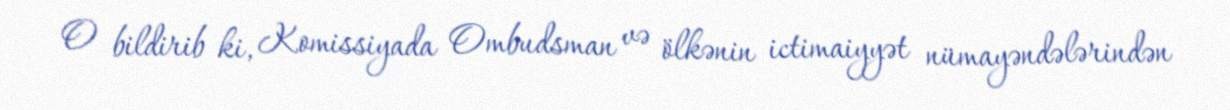
O bildirib ki, Komissiyada Ombudsman və ölkənin ictimaiyyət nümayəndələrindən